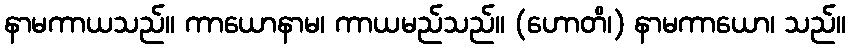
နာမကာယသည်။ ကာယောနာမ၊ ကာယမည်သည်။ (ဟောတိ၊) နာမကာယော၊ သည်။